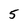
Character: 5